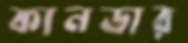
কানডার